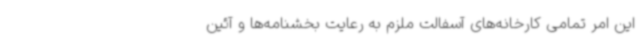
این امر تمامی کارخانه‌های آسفالت ملزم به رعایت بخشنامه‌ها و آئین‌